Lunatic asylums Madras 1892-1911 - 1892-1911
Year: 1892
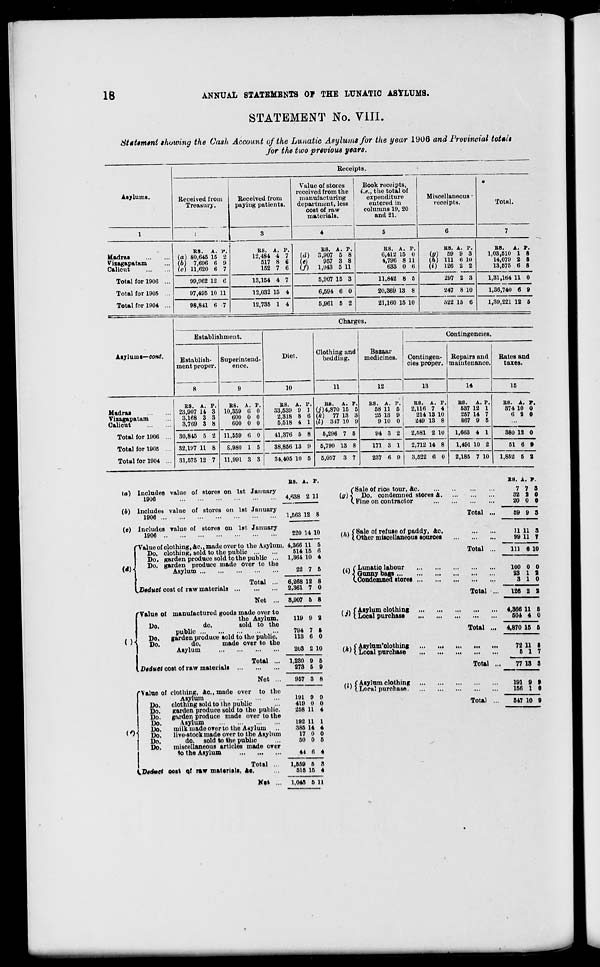
18
ANNUAL STATEMENTS OF THE LUNATIC ASYLUMS.
STATEMENT No. VIII.
Statement thawing the Cash Account of the Lunatic Asylums for the year 1906 and Provincial totals
for the two previous years.
Asylums.
Madras
Viiagapatam
Calicut
Total for 1906
Total for 1905
Total for 1904
Receipts.
Received from
Treasury.
Received from
paying patients.
Value of stores
received from the
manufacturing
department, less
coat of raw
materials.
Book receipts,
i.e., the total of
expenditure
entered in
columns 19, 20
and 21.
Miscellaneous
receipts.
Total.
RS. A. V.
(a) 80,645 15 2
(6) 7,696 6 9
(c) 11,620 6 7
99,962 12 6
97,495 10 11
98,841 6 7
KB. A. P.
12,484 4 7
517 8 6
152 7 6
13,154 4 7
12,032 15 4
12,735 1 4
B8. A. P
Id) 3,907 5 8
(«)
957 3 8
(/) 1,043 5 11
5,907 15 3
BS. A. P.
6,412 15 0
4,796 8 11
633 0 6
11,842 8 5
6,594 6 0
5,961 5 2
20,869 13 8
21,160 15 10
B8. A. P.
(g) 59 9 3
(h) 111 6 10
(i-) 126 2 2
297 2 3
247 8 10
522 15 6
B8. A. P.
1,03,510 1 8
14,079 2 8
13,575 6 8
1,31,164 11 0
1,36,740 6 9
1,39,221 12 6
c- ■ ,•' =—,
_
:
Charges.
Establishment.
Diet.
Clothing and
bedding.
Bazaar
medicines.
Contingencies.
lljluiu I— COnt.
Establish-
ment proper.
Superintend-
ence.
Contingen-
cies proper.
Repairs and
maintenance.
Rates and
taxes.
8
9
10
11
12
13
14
16
Madrai
Vizagapatam
Calicut
BS. A. P.
23,907 14 3
3,168 3 3
3,769 3 8
10,359 6
600 0
600 0
P.
0
0
0
BS. A.
33,539 9
2,318 8
5,518 4
P.
1
6
1
Kb.
A. P.
(j) 4,870 15 5
(k)
77 13 3
(l) 317 10 9
BS. A.
58 11
25 13
9 10
P.
5
9
0
BS. A. P.
2,116 7 4
214 13 10
249 13 8
B8. A. P.
637 12 1
257 14 7
867 9 5
BB. A. P.
374 10 0
6 2 0
Total for 1906 ... 30,845 5 2
11,559 8 0
41,376 5 8
5,296 7 5
94 3 2
2,581 2 10
1,663 4 1
380 12 0
Total for 1905 ... 82,197 11 8
8,980 1 5
38,856 13 9
6,790 13 8
171 3 1
2,712 14 8
1,491 10 2
51 6 0
Total for 1904 ... 31,575 12 7
11,991 8 3
34,405 10 5
5,057 3 7
237 6 9
3,522 6 0
2,185 7 10
1,852 6 2
la) Includes value of stores on 1st January
1906
(6) Includes value of stores on 1st January
1906
(e) Includes yalue of stores on 1st January
1906
'Value of clothing, 4c, made over to the Asylum
Do. clothing, sold to the public
Do. garden produce sold to the public ...
Do. garden produce made over to the
Asylum
W
B8. A. P.
4,638 2 11
1,563 12 8
220 14 10
4,366 11 5
514 15 6
1,364 10 4
I Deduct cost of raw materials Total
Net
()
p Value ot manufactured goods made over to
the Asylum.
Do.
do.
sold to the
public
Do.
garden produce told to the public.
Do.
do.
made over to the
Asylum
. Vtduet cost of raw materials
'Value of clothing, 4c, made over
Asylum
"H
Total ...
Net ...
to the
Do.
clothing sold to the public
Do.
garden produce sold to the public.
Do.
gulden produce made over to the
Do.
Asylum
Do.
milk made over to the Asylum
Do.
live-stock made over to the Asylum
Do.
do. sold to the public
Do.
miscellaneous articles made over
to the Asylum
Total
\.D*cUtet ooit <jf raw materials, Ac.
Nat
22 7 5
6,268 12
2,361 7
8
0
8,907 6 8
119 9 2
794 7 I
113 6 0
203 2 10
1,230
273
9 5
5 9
957 3 8
191 9 9
419 0 0
258 11 4
192 11 1
385 14 4
17 0 0
50 0 5
44 6 4
1,659
515
5
15
a
4
1,043 6 11
("Sale of rice tour, 4c
(g) \ Do. condemned stores 4.
(. Fine on contractor
#. \ f Bale of refuse of paddy, 4c.
( ' I Other miscellaneous sources
fvt ( Lunatic labour
1 ; J. Gunny bags
CCondemned stores ...
i ••} (Asylum clothing
v " I Local purchase
Total ...
Total ..
, k) s Aaylun^olotliing
Local purchase
Total ...
Total ...
(i\ ( Asylum clothing
' ' (.Local purchase.
Total ...
Total ...
B8. A. T.
7 7 3
32 2 0
20 0 0
69 9 3
11 11
99 11
3
T
111 0 10
100
23
3
0
1
1
0
2
0
126 2 2
4,366 11
604 4
5
0
4,870 15 6
72 11
6 1
8
7
77 13 3
101
156
9
1
9
0
347 10 9